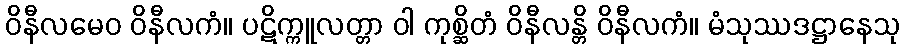
ဝိနီလမေဝ ဝိနီလကံ။ ပဋိက္ကူလတ္တာ ဝါ ကုစ္ဆိတံ ဝိနီလန္တိ ဝိနီလကံ။ မံသုဿဒဋ္ဌာနေသု